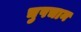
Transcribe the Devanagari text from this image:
चुपचान